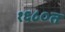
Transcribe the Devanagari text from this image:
१६८०त